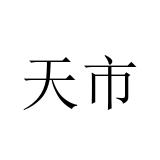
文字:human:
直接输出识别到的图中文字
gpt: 天市